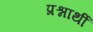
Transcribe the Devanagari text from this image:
प्रश्नार्थी